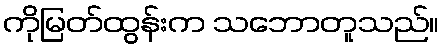
ကိုမြတ်ထွန်းက သဘောတူသည်။